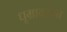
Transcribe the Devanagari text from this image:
धूम्रावरणा